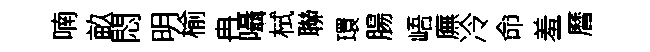
喃畝悶明榆冉囁栻聯環腸峿廡冷命羞曆